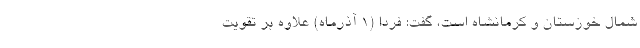
شمال خوزستان و کرمانشاه است، گفت: فردا (۱ آذرماه) علاوه بر تقویت